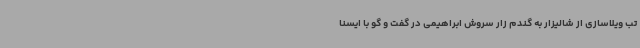
تب ویلاسازی از شالیزار به گندم زار سروش ابراهیمی در گفت و گو با ایسنا